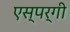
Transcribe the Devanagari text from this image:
एस्पर्गी